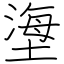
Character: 塰